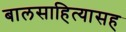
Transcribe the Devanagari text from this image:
बालसाहित्यासह